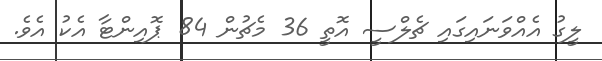
ލީގު އެއްވަަނައިގައި ޗެލްސީ އޮތީ 36 މެޗުން 84 ޕޮއިންޓާ އެކު އެވެ.